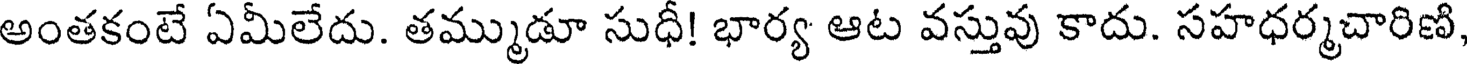
అంతకంటే ఏమీలేదు. తమ్ముడూ సుధీ! భార్య ఆట వస్తువు కాదు. సహధర్మచారిణి